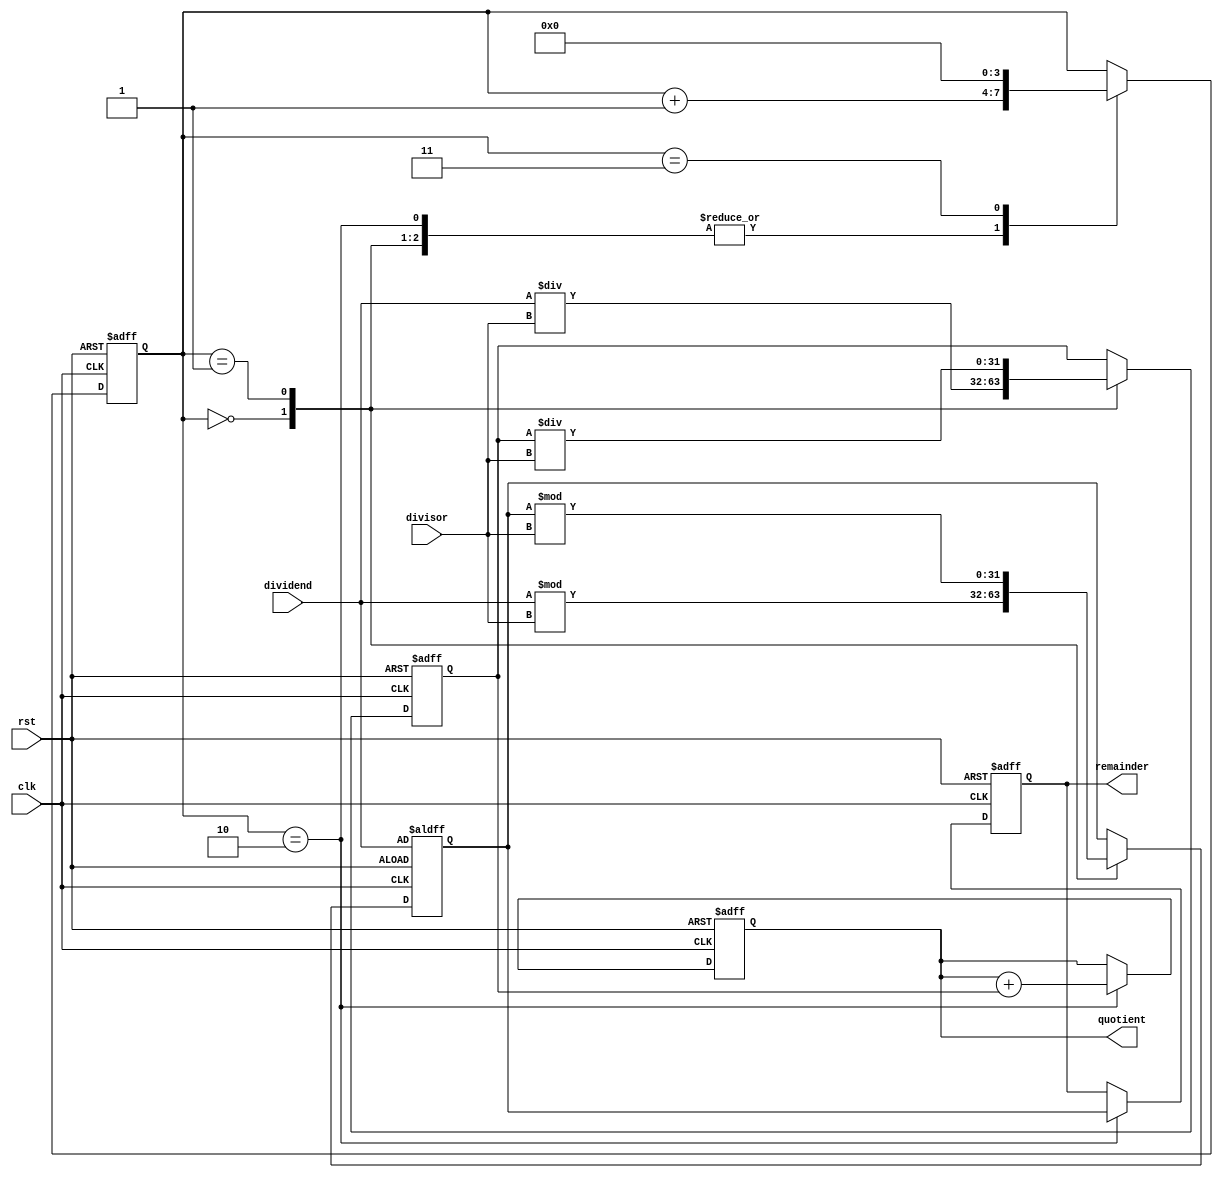
module PipelinedDivider(
    input clk,
    input rst,
    input [31:0] dividend,
    input [31:0] divisor,
    output reg [31:0] quotient,
    output reg [31:0] remainder
);

reg [31:0] partial_quotient;
reg [31:0] partial_remainder;
reg [3:0] stage;

always @(posedge clk or posedge rst) begin
    if (rst) begin
        quotient <= 0;
        remainder <= 0;
        partial_quotient <= 0;
        partial_remainder <= dividend;
        stage <= 0;
    end else begin
        case(stage)
            0: begin
                // Input processing stage
                partial_quotient <= dividend / divisor;
                partial_remainder <= dividend % divisor;
                stage <= stage + 1;
            end
            1: begin
                // Computation of partial quotients stage
                partial_quotient <= partial_quotient / divisor;
                partial_remainder <= partial_remainder % divisor;
                stage <= stage + 1;
            end
            2: begin
                // Accumulating partial results stage
                quotient <= quotient + partial_quotient;
                remainder <= partial_remainder;
                stage <= stage + 1;
            end
            3: begin
                // Producing the final quotient stage
                stage <= 0;
            end
        endcase
    end
end

endmodule